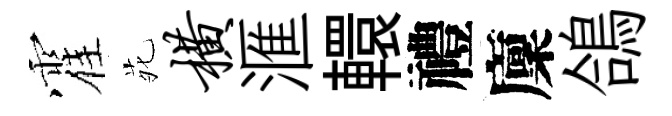
霍𫟍横滙轘禮廩鴿